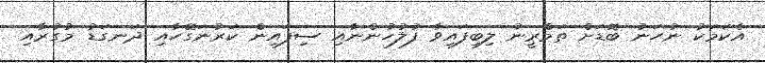
އެކަމަކު ނުހަނު ބޮޑަށް ތަމްރީނު ލިބިފައިވާ ފުލުހުންނާއި ސިފައިން ކަރުނަގޭހާއި ދަނގަޑު މުގުރާއި